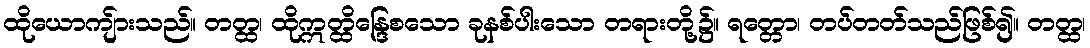
ထိုယောကျ်ားသည်။ တတ္ထ၊ ထိုဣတ္ထိန္ဒြေစသော ခုနစ်ပါးသော တရားတို့၌။ ရတ္တော၊ တပ်တတ်သည်ဖြစ်၍။ တတ္ထ၊